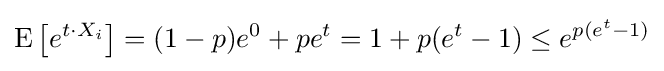
\operatorname {E} \left[e^{t\cdot X_{i}}\right]=(1-p)e^{0}+pe^{t}=1+p(e^{t}-1)\leq e^{p(e^{t}-1)}